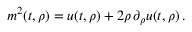
\begin{array} { r } { m ^ { 2 } ( t , \rho ) = u ( t , \rho ) + 2 \rho \, \partial _ { \rho } u ( t , \rho ) \, . } \end{array}